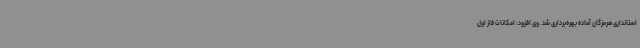
استانداری هرمزگان آماده بهره‌برداری شد. وی افزود: امکانات فاز اول